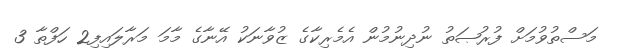
މަސްތުވުމަށް ފުރުޞަތު ނުދިނުމުން އެމެރިކާގެ ޒުވާނަކު އޭނާގެ މާމަ މަރާލައިފި2 ހަފްތާ 3